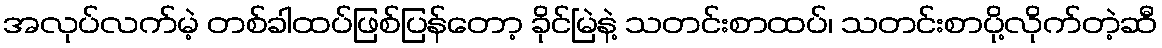
အလုပ်လက်မဲ့ တစ်ခါထပ်ဖြစ်ပြန်တော့ ခိုင်မြဲနဲ့ သတင်းစာထပ်၊ သတင်းစာပို့လိုက်တဲ့ဆီ